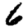
Digit: 6